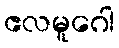
ဧလမူဂေါ